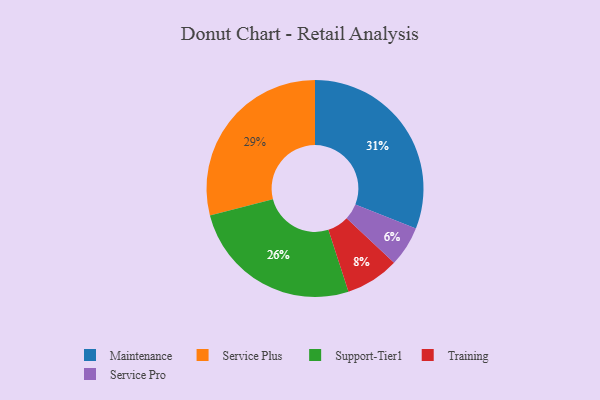
{"axis": {"x": "Category", "y": "Percentage"}, "legend": ["Maintenance", "Service Plus", "Service Pro", "Support-Tier1", "Training"], "data": [{"x": "Service Plus", "y": 29, "type": "Service Plus"}, {"x": "Training", "y": 8, "type": "Training"}, {"x": "Maintenance", "y": 31, "type": "Maintenance"}, {"x": "Service Pro", "y": 6, "type": "Service Pro"}, {"x": "Support-Tier1", "y": 26, "type": "Support-Tier1"}]}